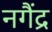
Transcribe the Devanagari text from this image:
नगैंद्र